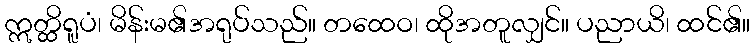
ဣတ္ထိရူပံ၊ မိန်းမ၏အရုပ်သည်။ တထေဝ၊ ထိုအတူလျှင်။ ပညာယိ၊ ထင်၏။